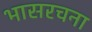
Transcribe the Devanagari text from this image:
भासरचना